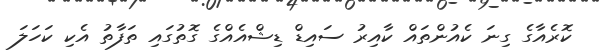
ކޮރެއާގެ ގިނަ ކެއުންތައް ކާއިރު ސައިޑް ޑިޝްއެއްގެ ގޮތުގައި ތަފާތު އެކި ކަހަލަ